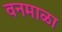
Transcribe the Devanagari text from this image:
वनमाळा